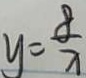
y = \frac { 8 } { x }